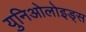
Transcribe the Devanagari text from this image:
युनिओलोइड्स